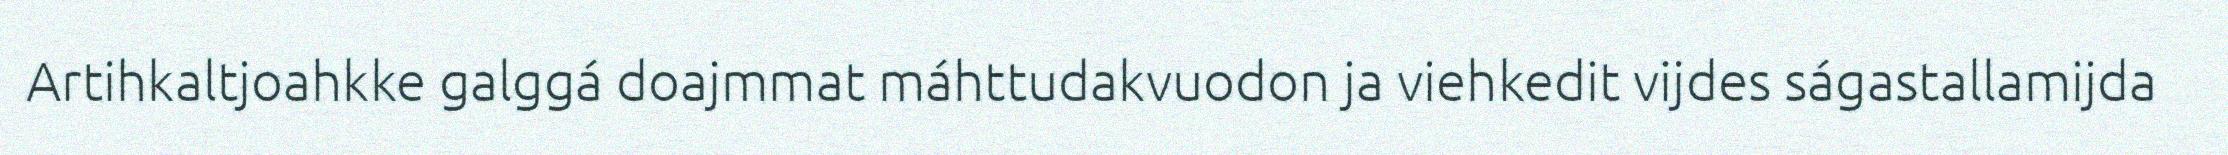
Artihkaltjoahkke galggá doajmmat máhttudakvuodon ja viehkedit vijdes ságastallamijda